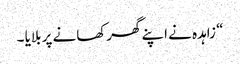
“ زاہدہ نے اپنے گھرکھانے پر بلایا ۔